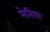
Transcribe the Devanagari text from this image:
मेसिया